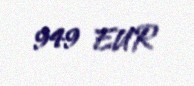
949 EUR